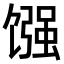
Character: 𫗳